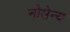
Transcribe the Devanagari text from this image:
नौसेन्य